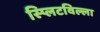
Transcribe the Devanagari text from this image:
स्प्लिटविल्ला